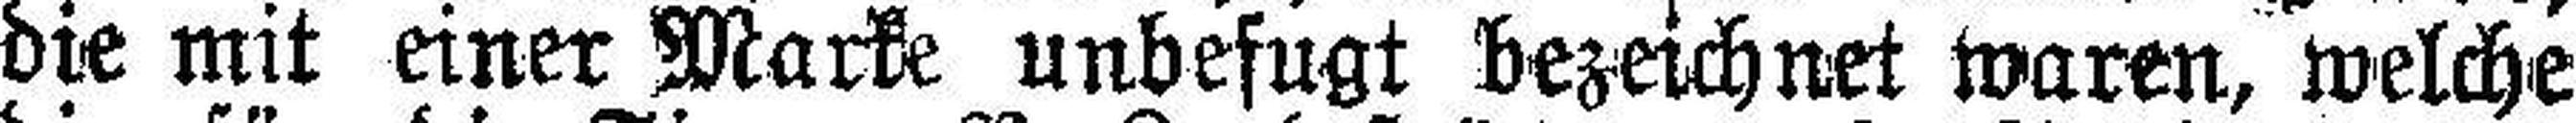
die mit einer Marke unbefugt bezeichnet waren, welche